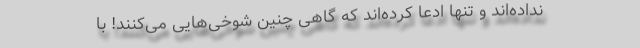
نداده‌اند و تنها ادعا کرده‌اند که گاهی چنین شوخی‌هایی می‌کنند! با